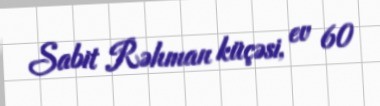
Sabit Rəhman küçəsi, ev 60